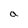
Character: a